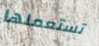
تستعملها